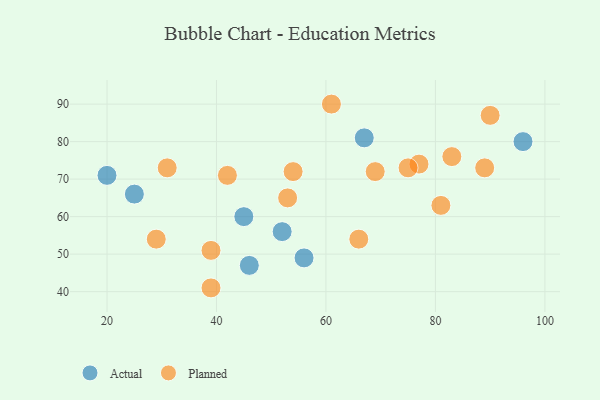
{"axis": {"x": "GDP", "y": "Life Expectancy"}, "legend": ["Actual", "Planned"], "data": [{"x": "56", "y": 49, "type": "Actual"}, {"x": "25", "y": 66, "type": "Actual"}, {"x": "67", "y": 81, "type": "Actual"}, {"x": "20", "y": 71, "type": "Actual"}, {"x": "45", "y": 60, "type": "Actual"}, {"x": "96", "y": 80, "type": "Actual"}, {"x": "52", "y": 56, "type": "Actual"}, {"x": "46", "y": 47, "type": "Actual"}, {"x": "83", "y": 76, "type": "Planned"}, {"x": "42", "y": 71, "type": "Planned"}, {"x": "89", "y": 73, "type": "Planned"}, {"x": "39", "y": 51, "type": "Planned"}, {"x": "90", "y": 87, "type": "Planned"}, {"x": "53", "y": 65, "type": "Planned"}, {"x": "29", "y": 54, "type": "Planned"}, {"x": "77", "y": 74, "type": "Planned"}, {"x": "39", "y": 41, "type": "Planned"}, {"x": "69", "y": 72, "type": "Planned"}, {"x": "54", "y": 72, "type": "Planned"}, {"x": "81", "y": 63, "type": "Planned"}, {"x": "66", "y": 54, "type": "Planned"}, {"x": "61", "y": 90, "type": "Planned"}, {"x": "75", "y": 73, "type": "Planned"}, {"x": "31", "y": 73, "type": "Planned"}]}